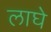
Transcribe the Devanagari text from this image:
लाघे